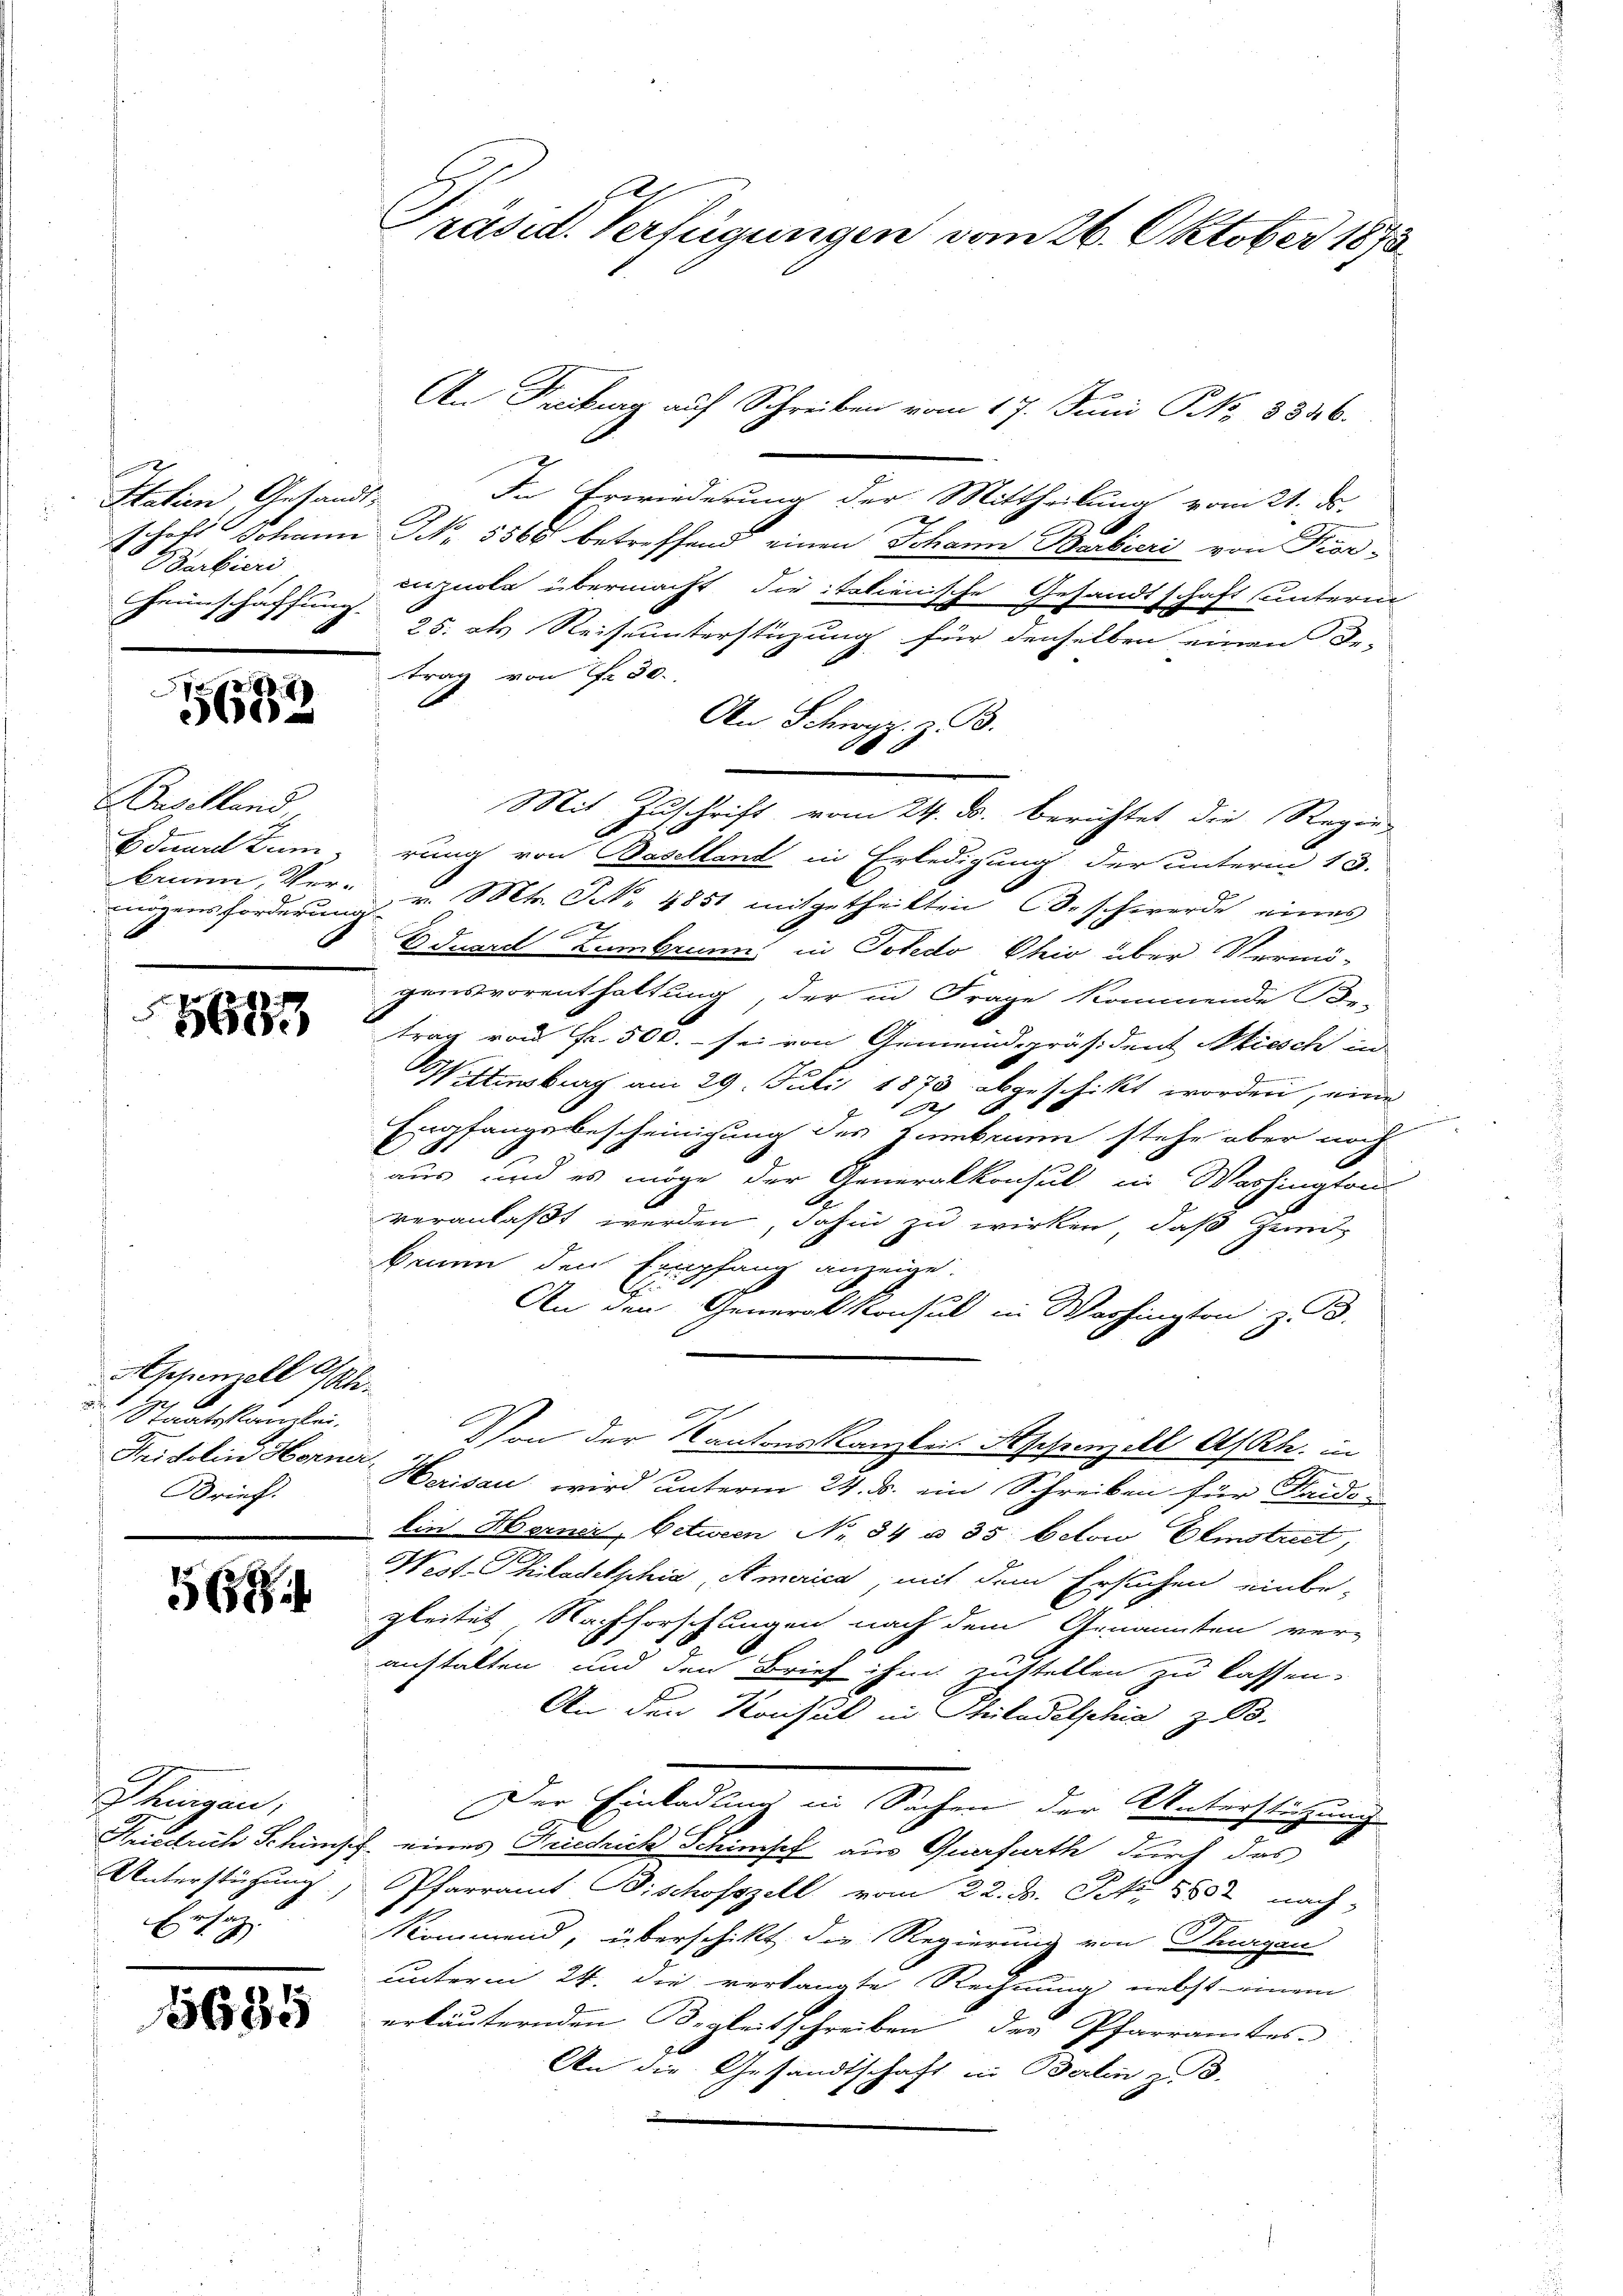
Statien Gesandt-
Barbieri
Heimschaffung.

e
24
56

Baselland,
Edunal zum
brunn, Ver-
nögensforderung

s
5683

Appenzell Ah.
1
2f

Staatskanzlei.
Fridolin Horner,
Brief.

568

Schingen,
Friedrich Schinge,
Unterstützung
2.
Ers-

5685

Präsid. Verfügungen vom 26. Oktober 1873

An Freiburg auf Schreiben vom 17. Juni No 8846.
In Erwiederung der Mittheilung vom 21. ds.
d
Jchofs Johann NNo. 5565 betreffend einen Johann Barbieri von Kor-
inznole übermacht die italienische Gesandtschaft unterm
25. als Reiseunterstüzung für denselben einen De-
trag von Fr. 30.
An Schwyz z. B.
Mit Zuschrift vom 24. ds. berichtet die Regie-
rung von Baselland in Erledigung der unterm 13.
 Mtr. Frk. 4851 mitgetheilten Beschwerde eines
Eduard Zembrunn in Potedo Phio über Vermögonsvorenthaltung, der in Frage kommende Be-
trag von Fr. 500. - sei von Gemeindepräsident Niesch in
8
Wittenburg am 29. Juli 1873 abgeschikt worden, eine
f 0 x
Empfangsbescheinigung des Hambenen stehe aber noch
aus und es möge der Generalkonsul in Washington
veranlaßt werden, dahin zu wirken, daß Zeid-
kanen den Empfang anzeige
An den Generalkonsul in Washington z. B.
Von der Kantonskanzleis Appenzell A/Rh.
Herisau wird unterm 24. ds. ein Schreiben für Seide
Ein Horner, Acturen Nr. 34 § 35 betow Etmstrict,
est. Philadelphia, America, mit dem Ersuchen einbe-
gleitet Nachforschungen nach dem Genannten ver-
anstalten und den Brief ihm zustellen zu lassen.
An den Konsul in Philadelphia z. B.
Der Einladung in Sachen der Unterstützung
2. eines Friedrich Schimsef aus Querfurth durch das
Pfarramt Bischofszell vom 22. ds. S. 8802 nach
Kommend, überschikt die Regierung von Thurgau
unterm 24. die verlangte Rechnung nebst einem
erläuternden Begleitschreiben des Pfarramtes
An die Gesandtschaft in Berlin z. B.